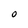
Character: o